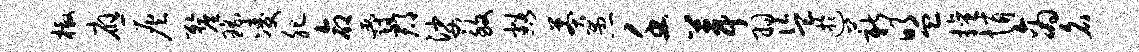
檄应灰厘瑶凌肥命爵郡娑致豁莽愚壬葺羽盗迂薪盟擅悄商名